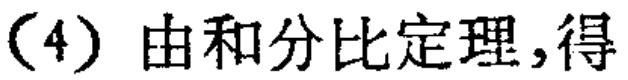
（4）由和分比定理，得